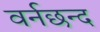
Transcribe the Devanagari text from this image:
वर्नछन्द